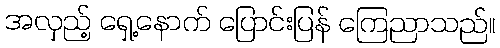
အလှည့် ရှေ့နောက် ပြောင်းပြန် ကြေညာသည်။